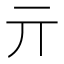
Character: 亓